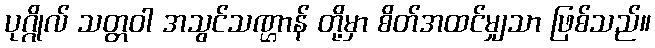
ပုဂ္ဂိုလ် သတ္တဝါ အသွင်သဏ္ဌာန် တို့မှာ စိတ်အထင်မျှသာ ဖြစ်သည်။